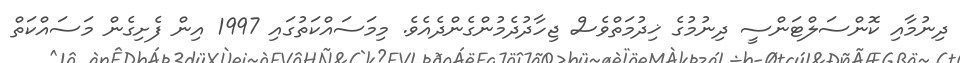
ދިނުމާއި ކޮންސަލްޓަންސީ ދިނުމުގެ ޚިދުމަތްވެސް ޖިހާދުދެމުންގެންދެއެވެ. މިމަސައްކަތުގައި 1997 އިން ފެށިގެން މަސައްކަތް